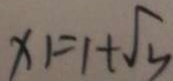
x 1 = 1 + \sqrt { 3 }